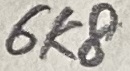
Text: 6K8